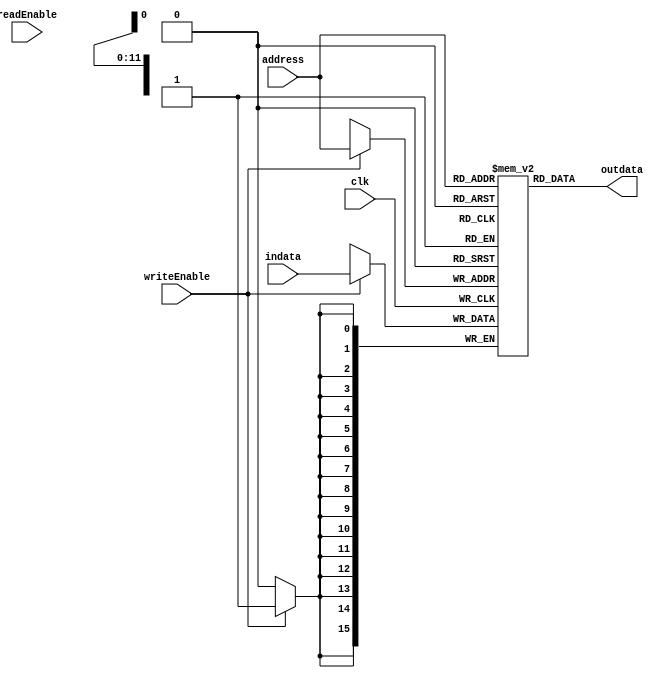


module data_Memory (
    input  [11:0] address,
    input clk ,
    input readEnable ,
    input writeEnable ,
    output wire [15:0] outdata,
    input  [15:0] indata
);
    
reg [15:0] memory_data [(2**12)-1:0];

always @(negedge clk) begin
    if (writeEnable) begin
        memory_data[address] = indata;
    end
end

assign  outdata = memory_data[address];

endmodule